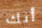
أنك